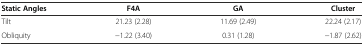
| Static Angles | F4A | GA | Cluster |
 | --- | --- | --- | --- |
 | Tilt | 21.23 (2.28) | 11.69 (2.49) | 22.24 (2.17) |
 | Obliquity | -1.22 (3.40) | 0.31 (1.28) | -1.87 (2.62) |